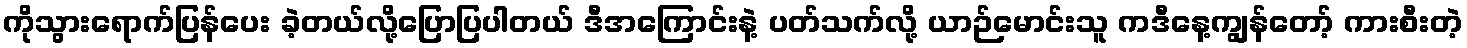
ကိုသွားရောက်ပြန်ပေး ခဲ့တယ်လို့ပြောပြပါတယ် ဒီအကြောင်းနဲ့ ပတ်သက်လို့ ယာဉ်မောင်းသူ ကဒီနေ့ကျွန်တော့် ကားစီးတဲ့